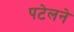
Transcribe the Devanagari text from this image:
पटेलने